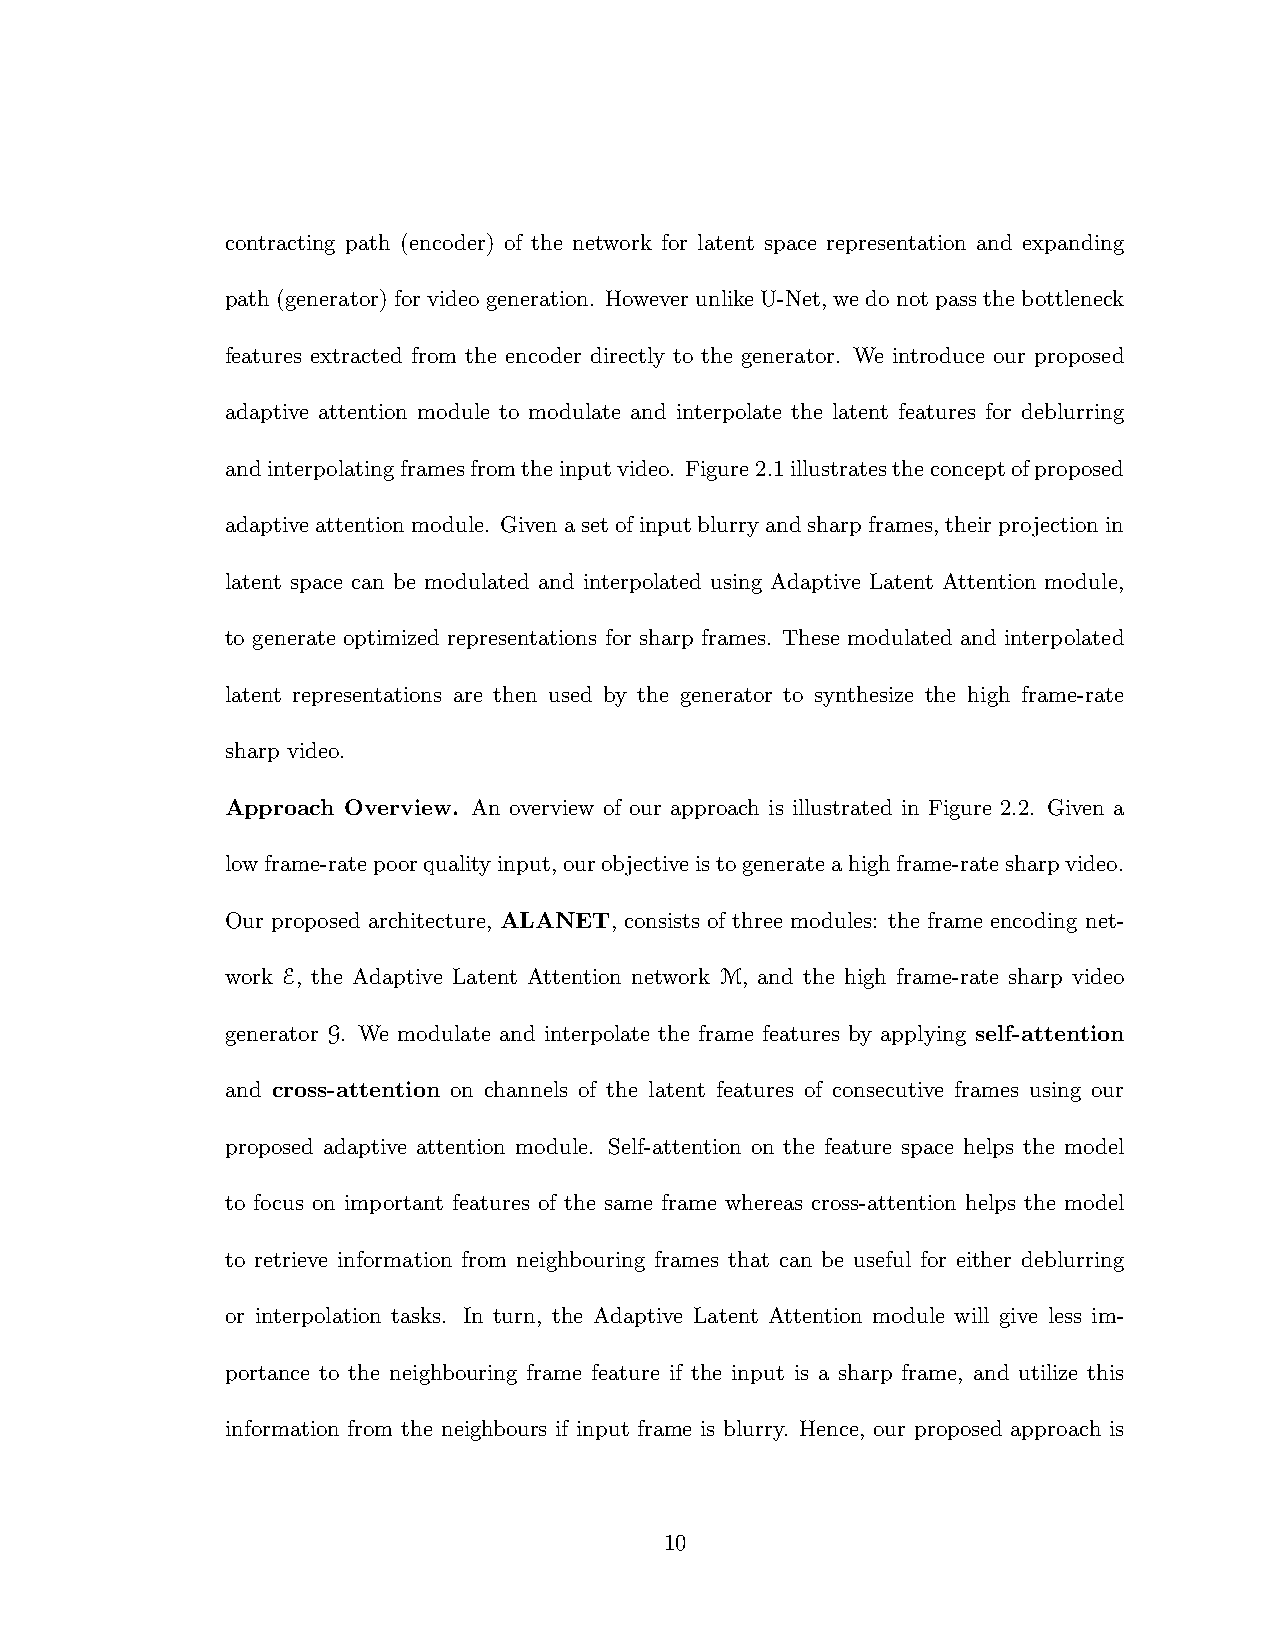
contracting path (encoder) of the network for latent space representation and expanding
 path(generator)forvideogeneration. HoweverunlikeU-Net, wedonotpassthebottleneck
 features extracted from the encoder directly to the generator. We introduce our proposed
 adaptive attention module to modulate and interpolate the latent features for deblurring
 andinterpolatingframesfromtheinputvideo. Figure2.1illustratestheconceptofproposed
 adaptiveattentionmodule. Givenasetofinputblurryandsharpframes, theirprojectionin
 latent space can be modulated and interpolated using Adaptive Latent Attention module,
 to generate optimized representations for sharp frames. These modulated and interpolated
 latent representations are then used by the generator to synthesize the high frame-rate
 sharp video.
 Approach Overview. An overview of our approach is illustrated in Figure 2.2. Given a
 lowframe-ratepoorqualityinput,ourobjectiveistogenerateahighframe-ratesharpvideo.
 Our proposed architecture, ALANET, consists of three modules: the frame encoding net-
 work E, the Adaptive Latent Attention network M, and the high frame-rate sharp video
 generator G. We modulate and interpolate the frame features by applying self-attention
 and cross-attention on channels of the latent features of consecutive frames using our
 proposed adaptive attention module. Self-attention on the feature space helps the model
 to focus on important features of the same frame whereas cross-attention helps the model
 to retrieve information from neighbouring frames that can be useful for either deblurring
 or interpolation tasks. In turn, the Adaptive Latent Attention module will give less im-
 portance to the neighbouring frame feature if the input is a sharp frame, and utilize this
 information from the neighbours if input frame is blurry. Hence, our proposed approach is
 10